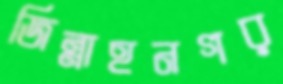
জিন্নাহনগর